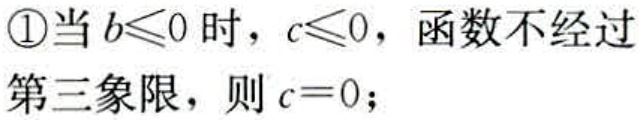
\textcircled{1}当\(b\leqslant0\)时，\(c\leqslant0\)，函数不经过第三象限，则\(c = 0\)；